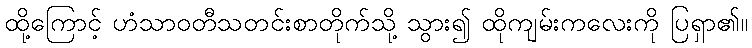
ထို့ကြောင့် ဟံသာဝတီသတင်းစာတိုက်သို့ သွား၍ ထိုကျမ်းကလေးကို ပြရှာ၏။